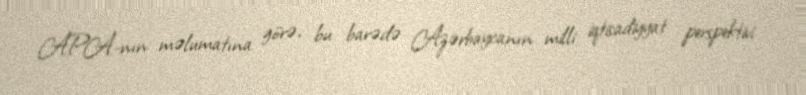
APA-nın məlumatına görə, bu barədə Azərbaycanın milli iqtisadiyyat perspektivi